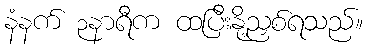
နံနက် ၃နာရီက ထပြီးနို့ညှစ်ရသည်။